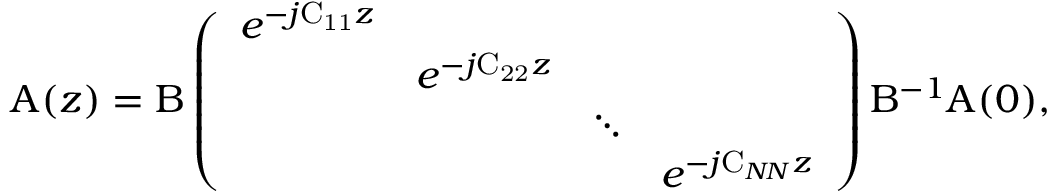
\boldsymbol { \mathrm { A } } ( z ) = \boldsymbol { \mathrm { B } } \left( \begin{array} { l l l l } { e ^ { - j \mathrm { C _ { 1 1 } } z } } & & & \\ & { e ^ { - j \mathrm { C _ { 2 2 } } z } } & & \\ & & { \ddots } & \\ & & & { e ^ { - j \mathrm { C } _ { N \! N } z } } \end{array} \right) \boldsymbol { \mathrm { B ^ { - 1 } } } \boldsymbol { \mathrm { A } } ( 0 ) ,